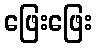
ဖြေးဖြေး